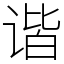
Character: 谐